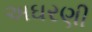
અઘરણી